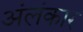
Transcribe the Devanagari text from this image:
अंलंकार